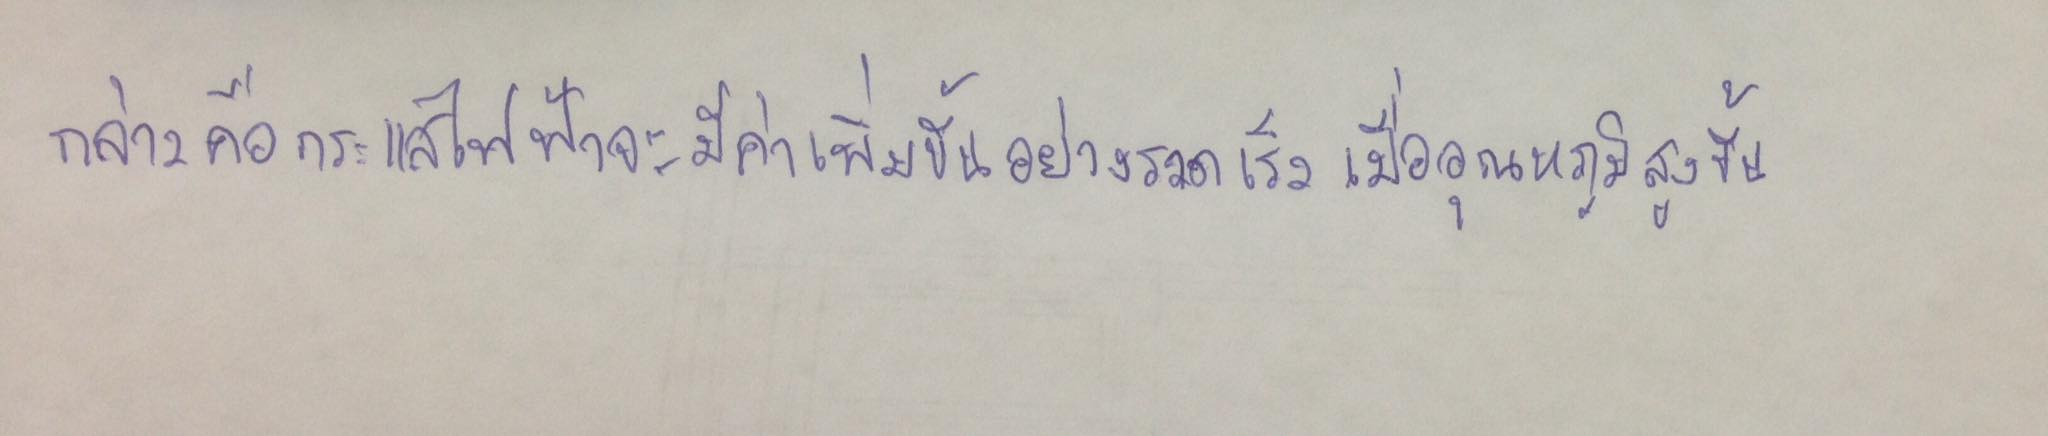
กล่าวคือกระแสไฟฟ้าจะมีค่าเพิ่มขึ้นอย่างรวดเร็วเมื่ออุณหภูมิสูงขึ้น